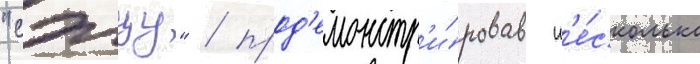
"сэтцу" / прод'емонстр'и́ровав н'е́сколько